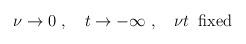
LaTeX: \begin{align*}\nu\rightarrow 0 \;,\quad t \rightarrow -\infty \;,\quad\nu t\;\;\mathrm{fixed}\end{align*}